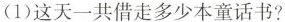
(1)这天一共借走多少本童话书?